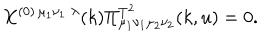
LaTeX: X ^ { ( 0 ) \, \mu _ { 1 } \nu _ { 1 } \; \lambda } ( k ) \Pi _ { \mu _ { 1 } \nu _ { 1 } \mu _ { 2 } \nu _ { 2 } } ^ { T ^ { 2 } } ( k , u ) = 0 .